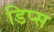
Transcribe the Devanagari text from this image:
डिप्स